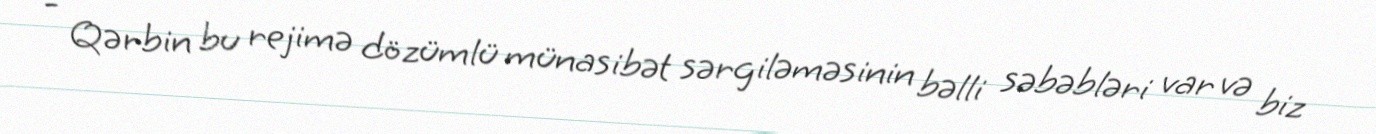
- Qərbin bu rejimə dözümlü münasibət sərgiləməsinin bəlli səbəbləri var və biz